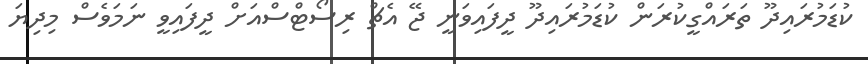
ކުޑަމުރައިދޫ ތަރައްގީކުރަން ކުޑަމުރައިދޫ ދީފައިވަނީ ޖޭ އެޗް ރިސޯޓްސްއަށް ދީފައިވީ ނަމަވެސް މިދިޔަ